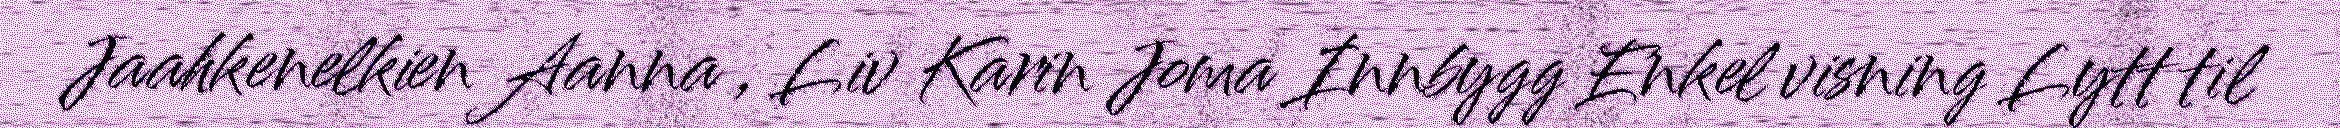
Jaahkenelkien Aanna , Liv Karin Joma Innbygg Enkel visning Lytt til